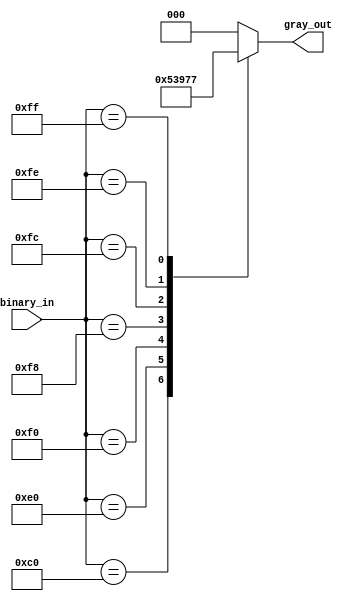
module gray_priority_encoder(
  input [7:0] binary_in,
  output [2:0] gray_out
);

always @(*) begin
  case(binary_in)
    8'b10000000: gray_out = 3'b000;
    8'b11000000: gray_out = 3'b001;
    8'b11100000: gray_out = 3'b010;
    8'b11110000: gray_out = 3'b011;
    8'b11111000: gray_out = 3'b100;
    8'b11111100: gray_out = 3'b101;
    8'b11111110: gray_out = 3'b110;
    8'b11111111: gray_out = 3'b111;
    default: gray_out = 3'b000;  // default case
  endcase
end

endmodule